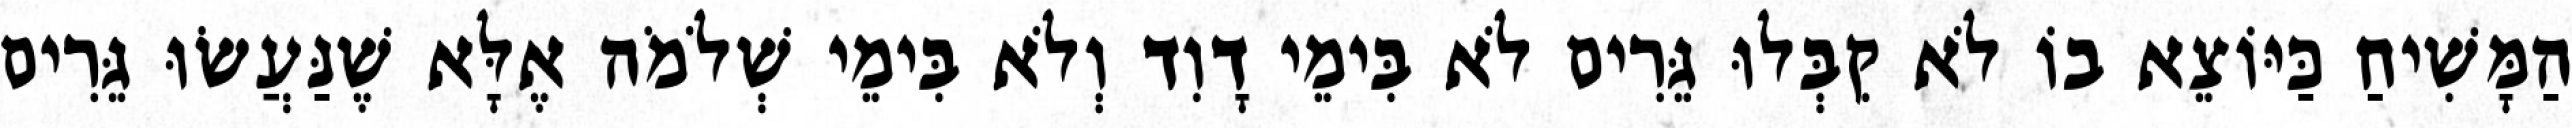
הַמָּשִׁיחַ כַּיּוֹצֵא בוֹ לֹא קִבְּלוּ גֵּרִים לֹא בִּימֵי דָוִד וְלֹא בִּימֵי שְׁלֹמֹה אֶלָּא שֶׁנַּעֲשׂוּ גֵּרִים